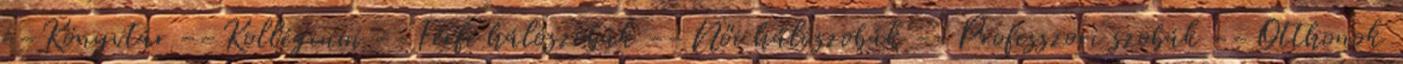
--Könyvtár --Kollégium --Férfi hálószobák --Női hálószobák --Professzori szobák --Otthonok